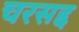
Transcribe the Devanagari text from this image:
चरसद्द